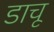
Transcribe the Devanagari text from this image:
डाचू